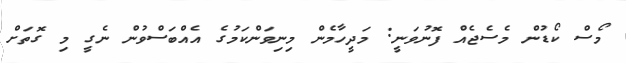
މޯސް ކޯޑުން މެސެޖެއް ފޮނުވަނީ: މަދީހާމެން މިނިވަންކަމުގެ އެއްބަސްވުން ނެގީ މި ގޮތަށް